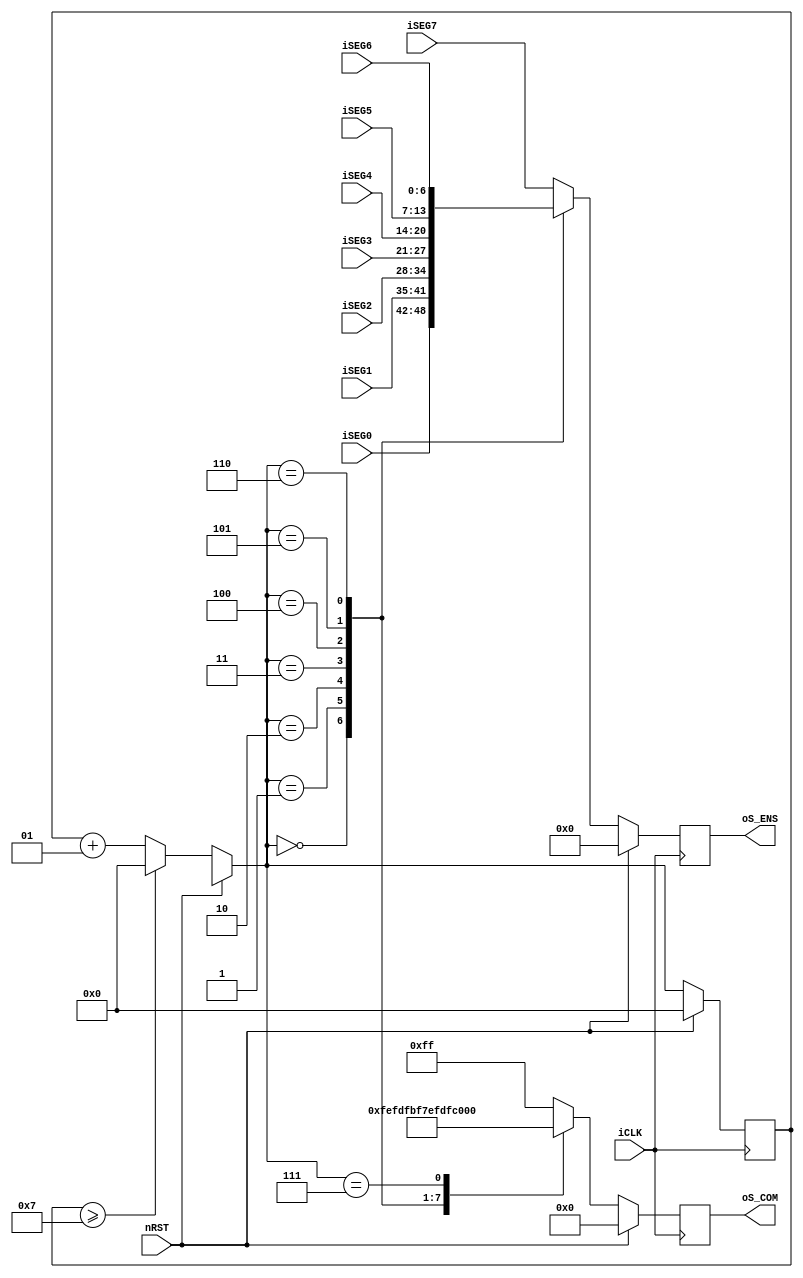
module SEG7_CTRL(
	iCLK,
	nRST,
	iSEG7,
	iSEG6,
	iSEG5,
	iSEG4,
	iSEG3,
	iSEG2,
	iSEG1,
	iSEG0,
	oS_COM,
	oS_ENS
);
// I/O definition------------------------------------------	
input iCLK, nRST;
input [6:0] iSEG7, iSEG6, iSEG5, iSEG4,iSEG3, iSEG2, iSEG1, iSEG0;
output [7:0] oS_COM;
output [6:0] oS_ENS; /* a,b,c,d, e,f,g,dp */
reg [7:0] oS_COM;
reg [6:0] oS_ENS;
integer CNT_SCAN; 

/*
   [a]
[f]   [b]
   [g]
[e]   [c]
   [d]   [dp]
*/
always @(posedge iCLK)
begin
	if (nRST)
	  begin
		oS_COM <= 8'b00000000;
		oS_ENS <= 0;
	    CNT_SCAN = 0;
	  end
	else
	  begin
	  	if (CNT_SCAN >= 7)
	  	  CNT_SCAN = 0;
	  	else
	  	  CNT_SCAN = CNT_SCAN + 1;
	  	  	  	
	  	case (CNT_SCAN)
	  	  0 : 
	  	    begin
				oS_COM <= 8'b11111110;
				oS_ENS <= iSEG0;
	  	    end
	  	  1 : 
	  	    begin
				oS_COM <= 8'b11111101;
				oS_ENS <= iSEG1;
	  	    end
	  	  2 : 
	  	    begin
				oS_COM <= 8'b11111011;
				oS_ENS <= iSEG2;
	  	    end
	  	  3 : 
	  	    begin
				oS_COM <= 8'b11110111;
				oS_ENS <= iSEG3;
	  	    end
	  	  4 : 
	  	    begin
				oS_COM <= 8'b11101111;
				oS_ENS <= iSEG4;
	  	    end
	  	  5 : 
	  	    begin
				oS_COM <= 8'b11011111;
				oS_ENS <= iSEG5;
	  	    end
	  	  6 : 
	  	    begin
				oS_COM <= 8'b10111111;
				oS_ENS <= iSEG6;
	  	    end
	  	  7 : 
	  	    begin
				oS_COM <= 8'b01111111;
				oS_ENS <= iSEG7;
	  	    end			 
	  	  default : 
	  	    begin
	  	      oS_COM <= 8'b11111111;
				oS_ENS <= iSEG7;
	  	    end
	  	endcase
      end
end

endmodule